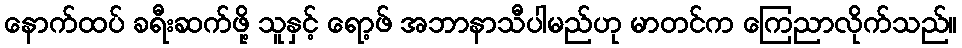
နောက်ထပ် ခရီးဆက်ဖို့ သူနှင့် ရော့ဖ် အဘာနာသီပါမည်ဟု မာတင်က ကြေညာလိုက်သည်။